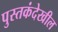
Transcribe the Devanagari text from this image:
पुस्तकंदेखील